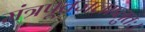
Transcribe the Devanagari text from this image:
मंत्रपूतजलाप्लुतः।